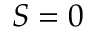
S = 0